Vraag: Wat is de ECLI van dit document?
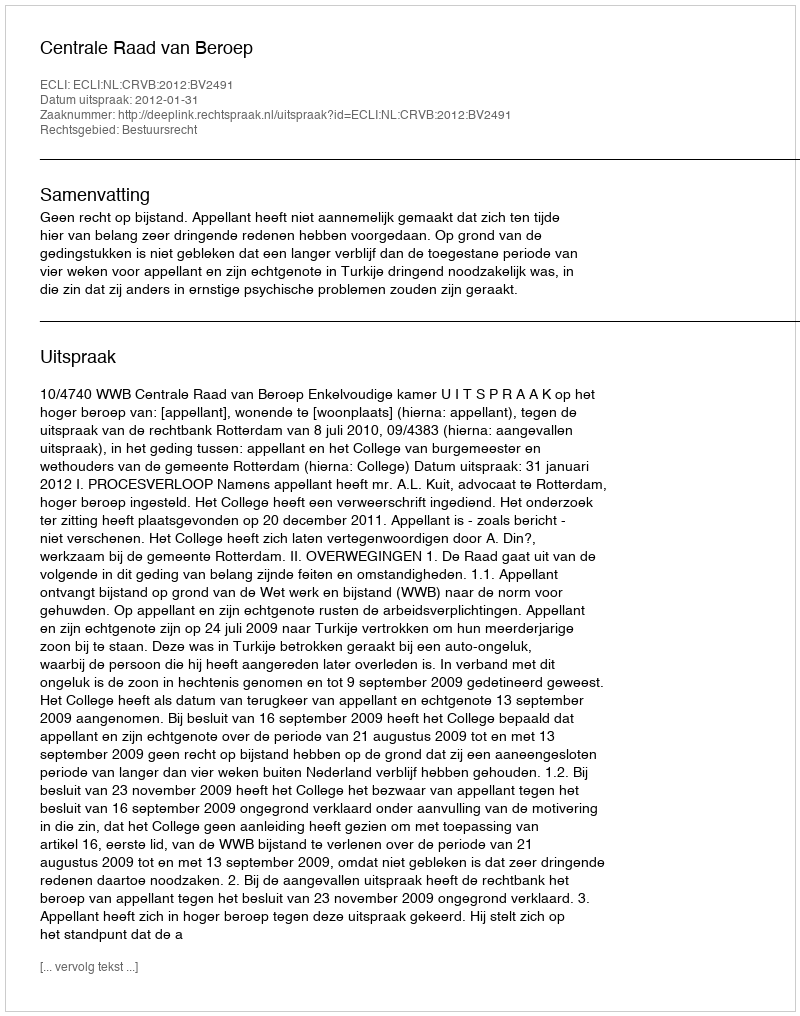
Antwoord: ECLI:NL:CRVB:2012:BV2491